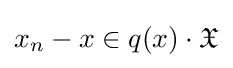
x_{n}-x\in q(x)\cdot {\mathfrak {X}}